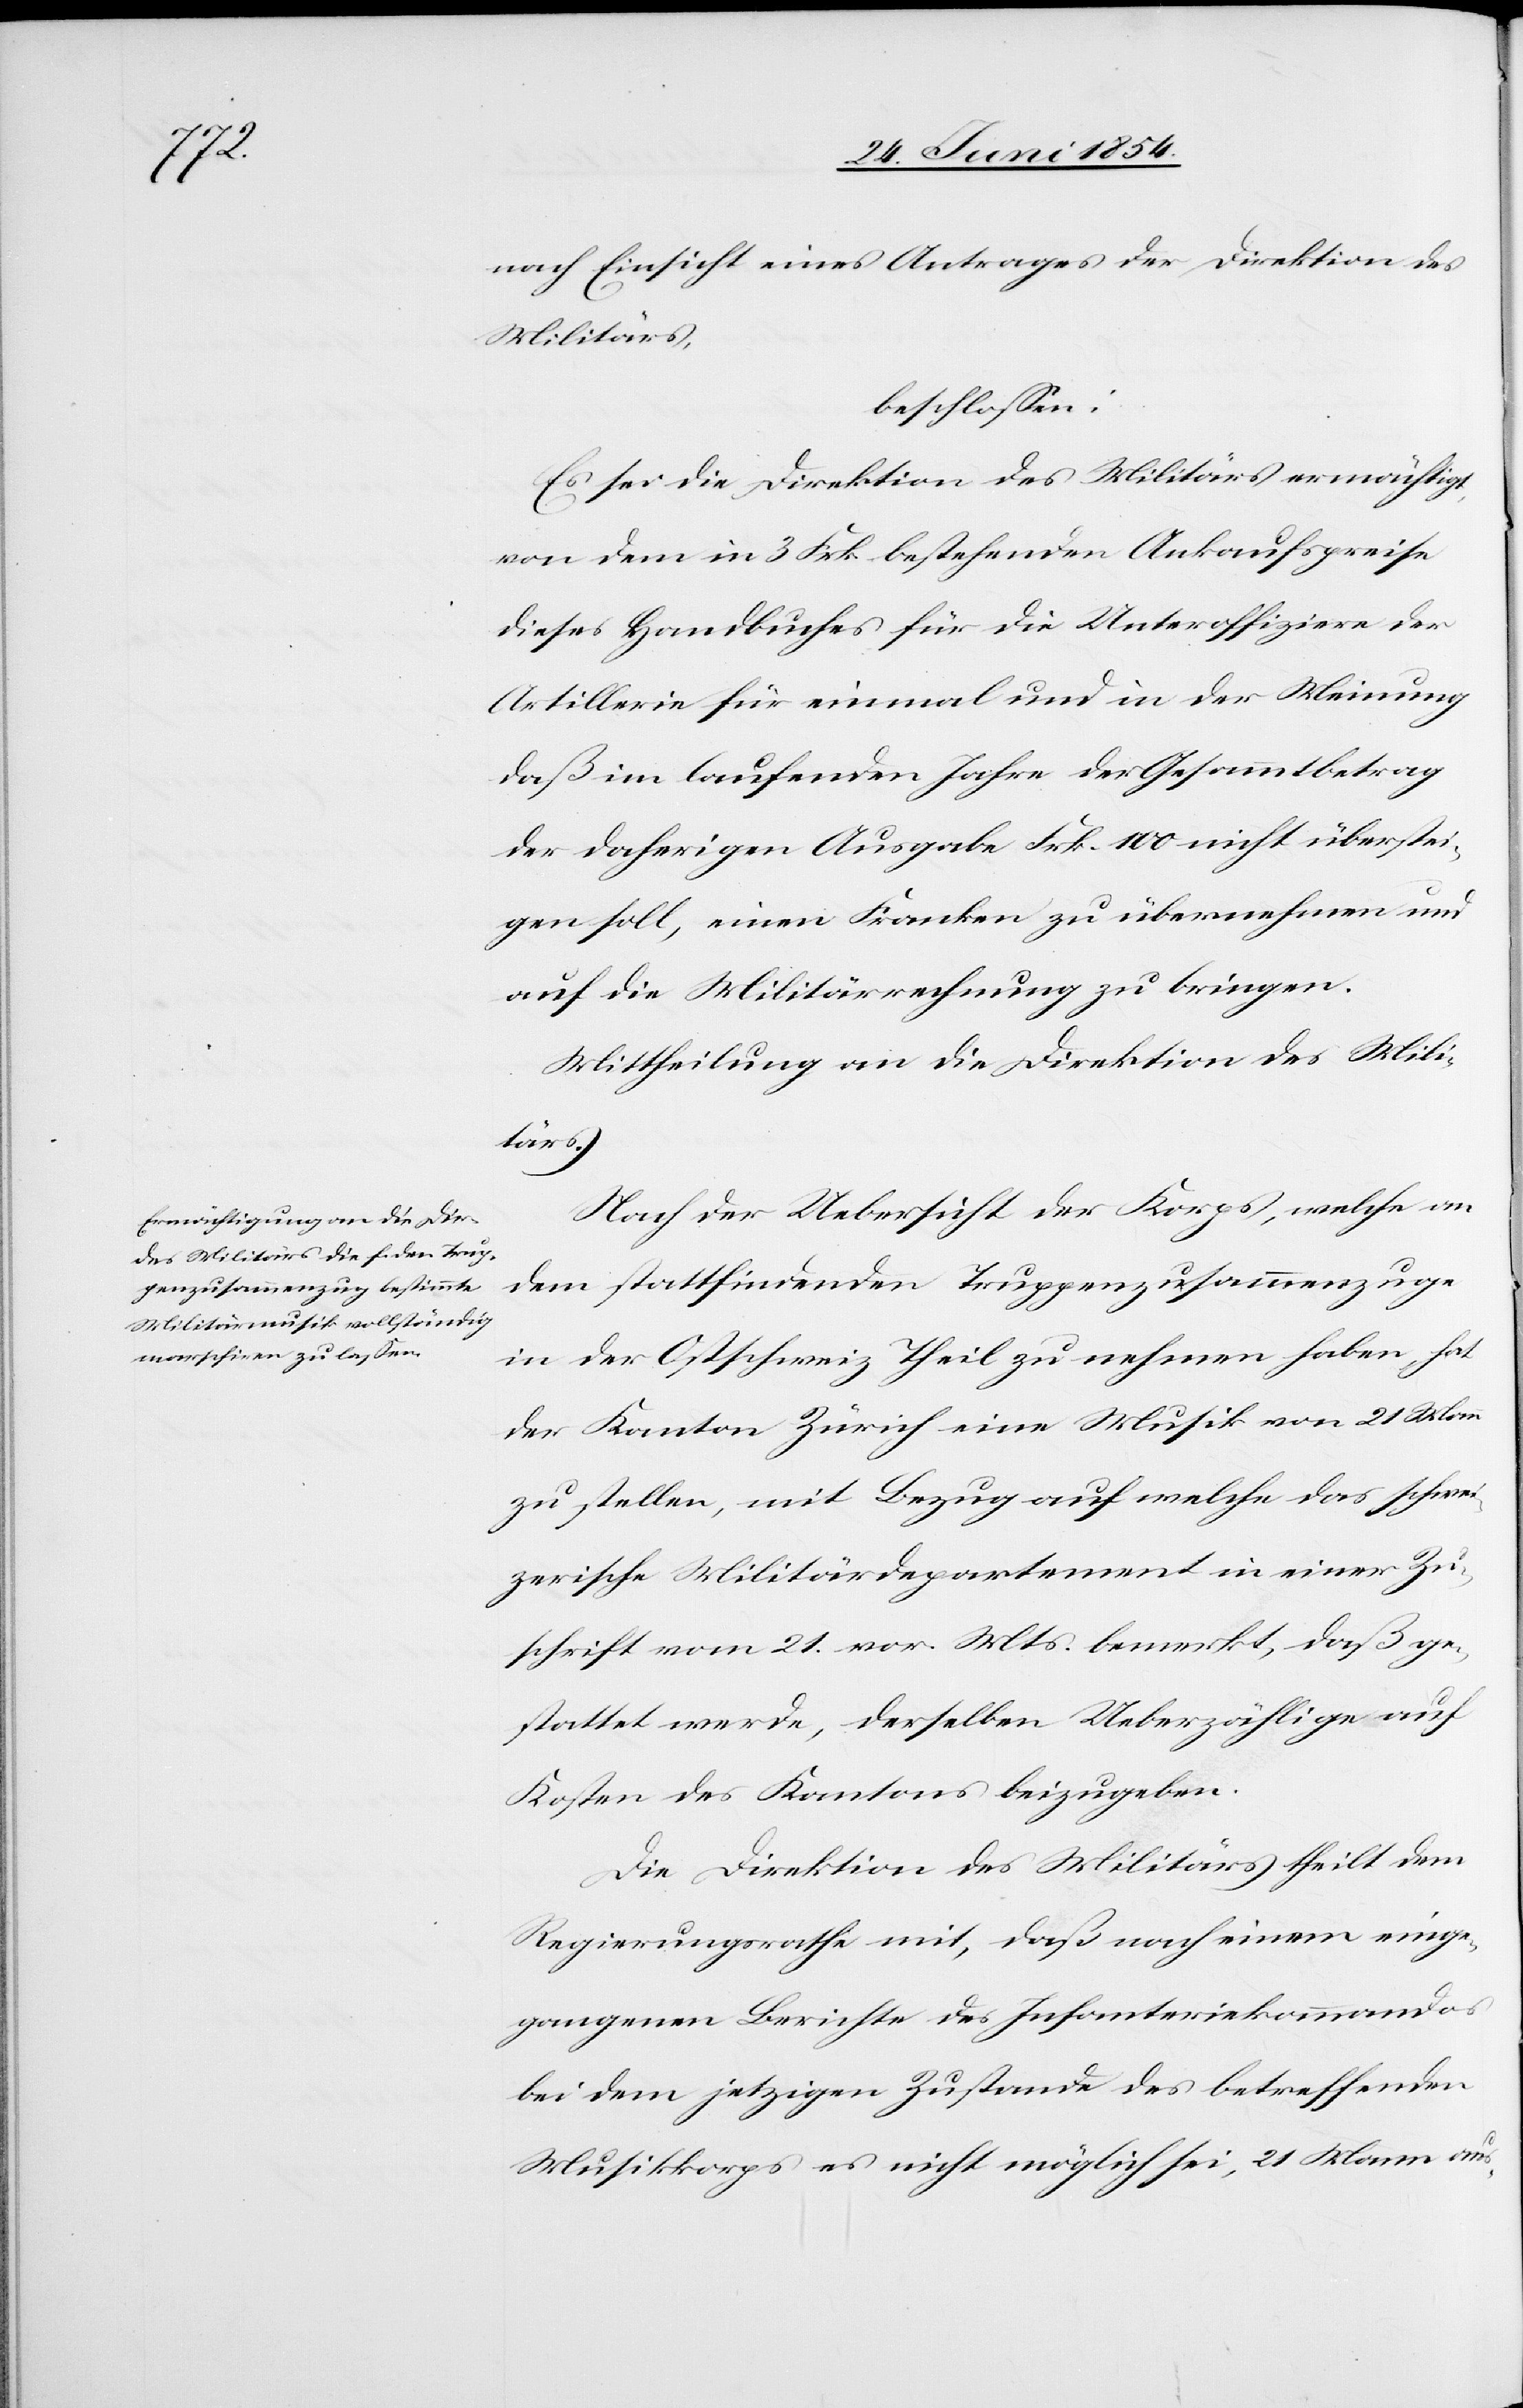
nach Einsicht eines Antrages der Direktion des
Militärs,
beschloßen:
Es sei die Direktion des Militärs ermächtigt,
von dem in 3 Frk. bestehenden Ankaufspreise
dieses Handbuches für die Unteroffiziere der
Artillerie für einmal und in der Meinung
daß im laufenden Jahre der Gesammtbetrag
der daherigen Ausgabe Frk. 100 nicht überstei¬
gen soll, einen Franken zu übernehmen und
auf die Militärrechnung zu bringen.
Mittheilung an die Direktion des Mili¬
tärs.
Nach der Uebersicht der Korps, welche an
dem stattfindenden Truppenzusammenzuge
in der Ostschweiz Theil zu nehmen haben, hat
der Kanton Zürich eine Musik von 21 Mann
zu stellen, mit Bezug auf welche das schwei¬
zerische Militärdepartement in einer Zu¬
schrift vom 21. vor. Mts. bemerkt, daß ge¬
stattet werde, derselben Ueberzählige auf
Kosten des Kantons beizugeben.
Die Direktion des Militärs theilt dem
Regierungsrathe mit, daß nach einem einge¬
gangenen Berichte des Infanteriekommandos
bei dem jetzigen Zustande des betreffenden
Musikkorps es nicht möglich sei, 21 Mann aus-